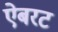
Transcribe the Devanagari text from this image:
ऐबरट